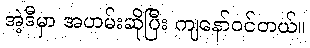
အဲ့ဒီမှာ အဟမ်းဆိုပြီး ကျနော်ဝင်တယ်။